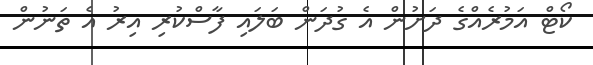
ކޯޓް އަމުރެއްގެ ދަށުން އެ ގުދަން ބަލައި ފާސްކުރި އިރު އެ ތަނުން